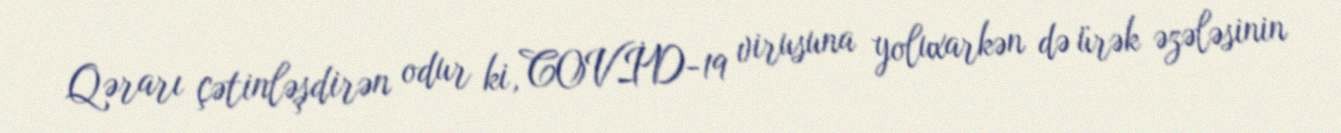
Qərarı çətinləşdirən odur ki, COVİD-19 virusuna yoluxarkən də ürək əzələsinin